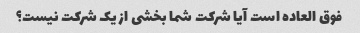
فوق العاده است آیا شرکت شما بخشی از یک شرکت نیست؟